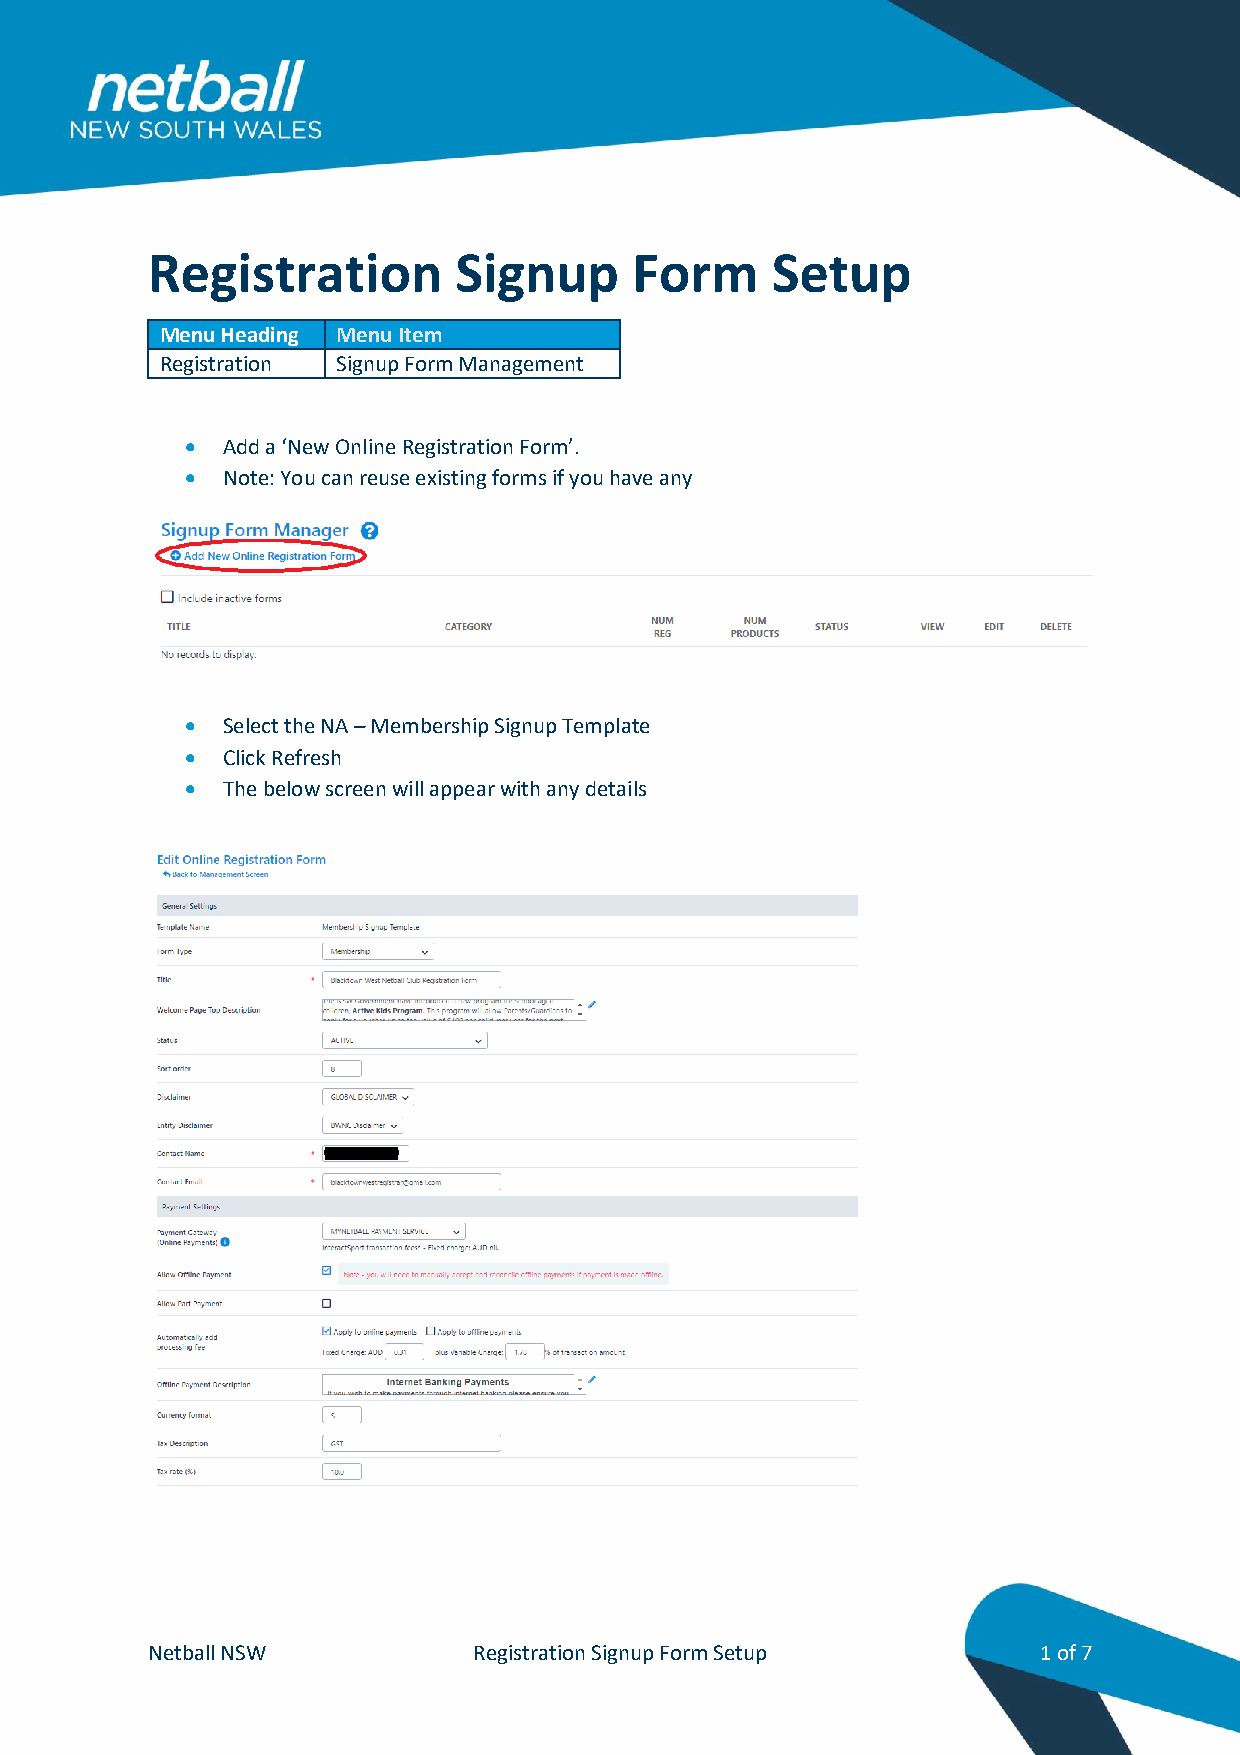
Registration        Signup      Form     Setup
 Menu Heading Menu Item
 Registration Signup Form Management
   Add a ‘New Online Registration Form’.
   Note: You can reuse existing forms if you have any
   Select the NA – Membership Signup Template
   Click Refresh
   The below screen will appear with any details
 Netball NSW          Registration Signup Form Setup        1 of 7